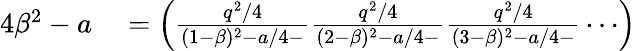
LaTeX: \begin{array}{rl}{4\beta^{2}-a}&{{}=\left(\frac{q^{2}/4}{(1-\beta)^{2}-a/4-}\frac{q^{2}/4}{(2-\beta)^{2}-a/4-}\frac{q^{2}/4}{(3-\beta)^{2}-a/4-}\dotsi\right)}\end{array}